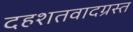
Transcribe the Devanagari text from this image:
दहशतवादग्रस्त